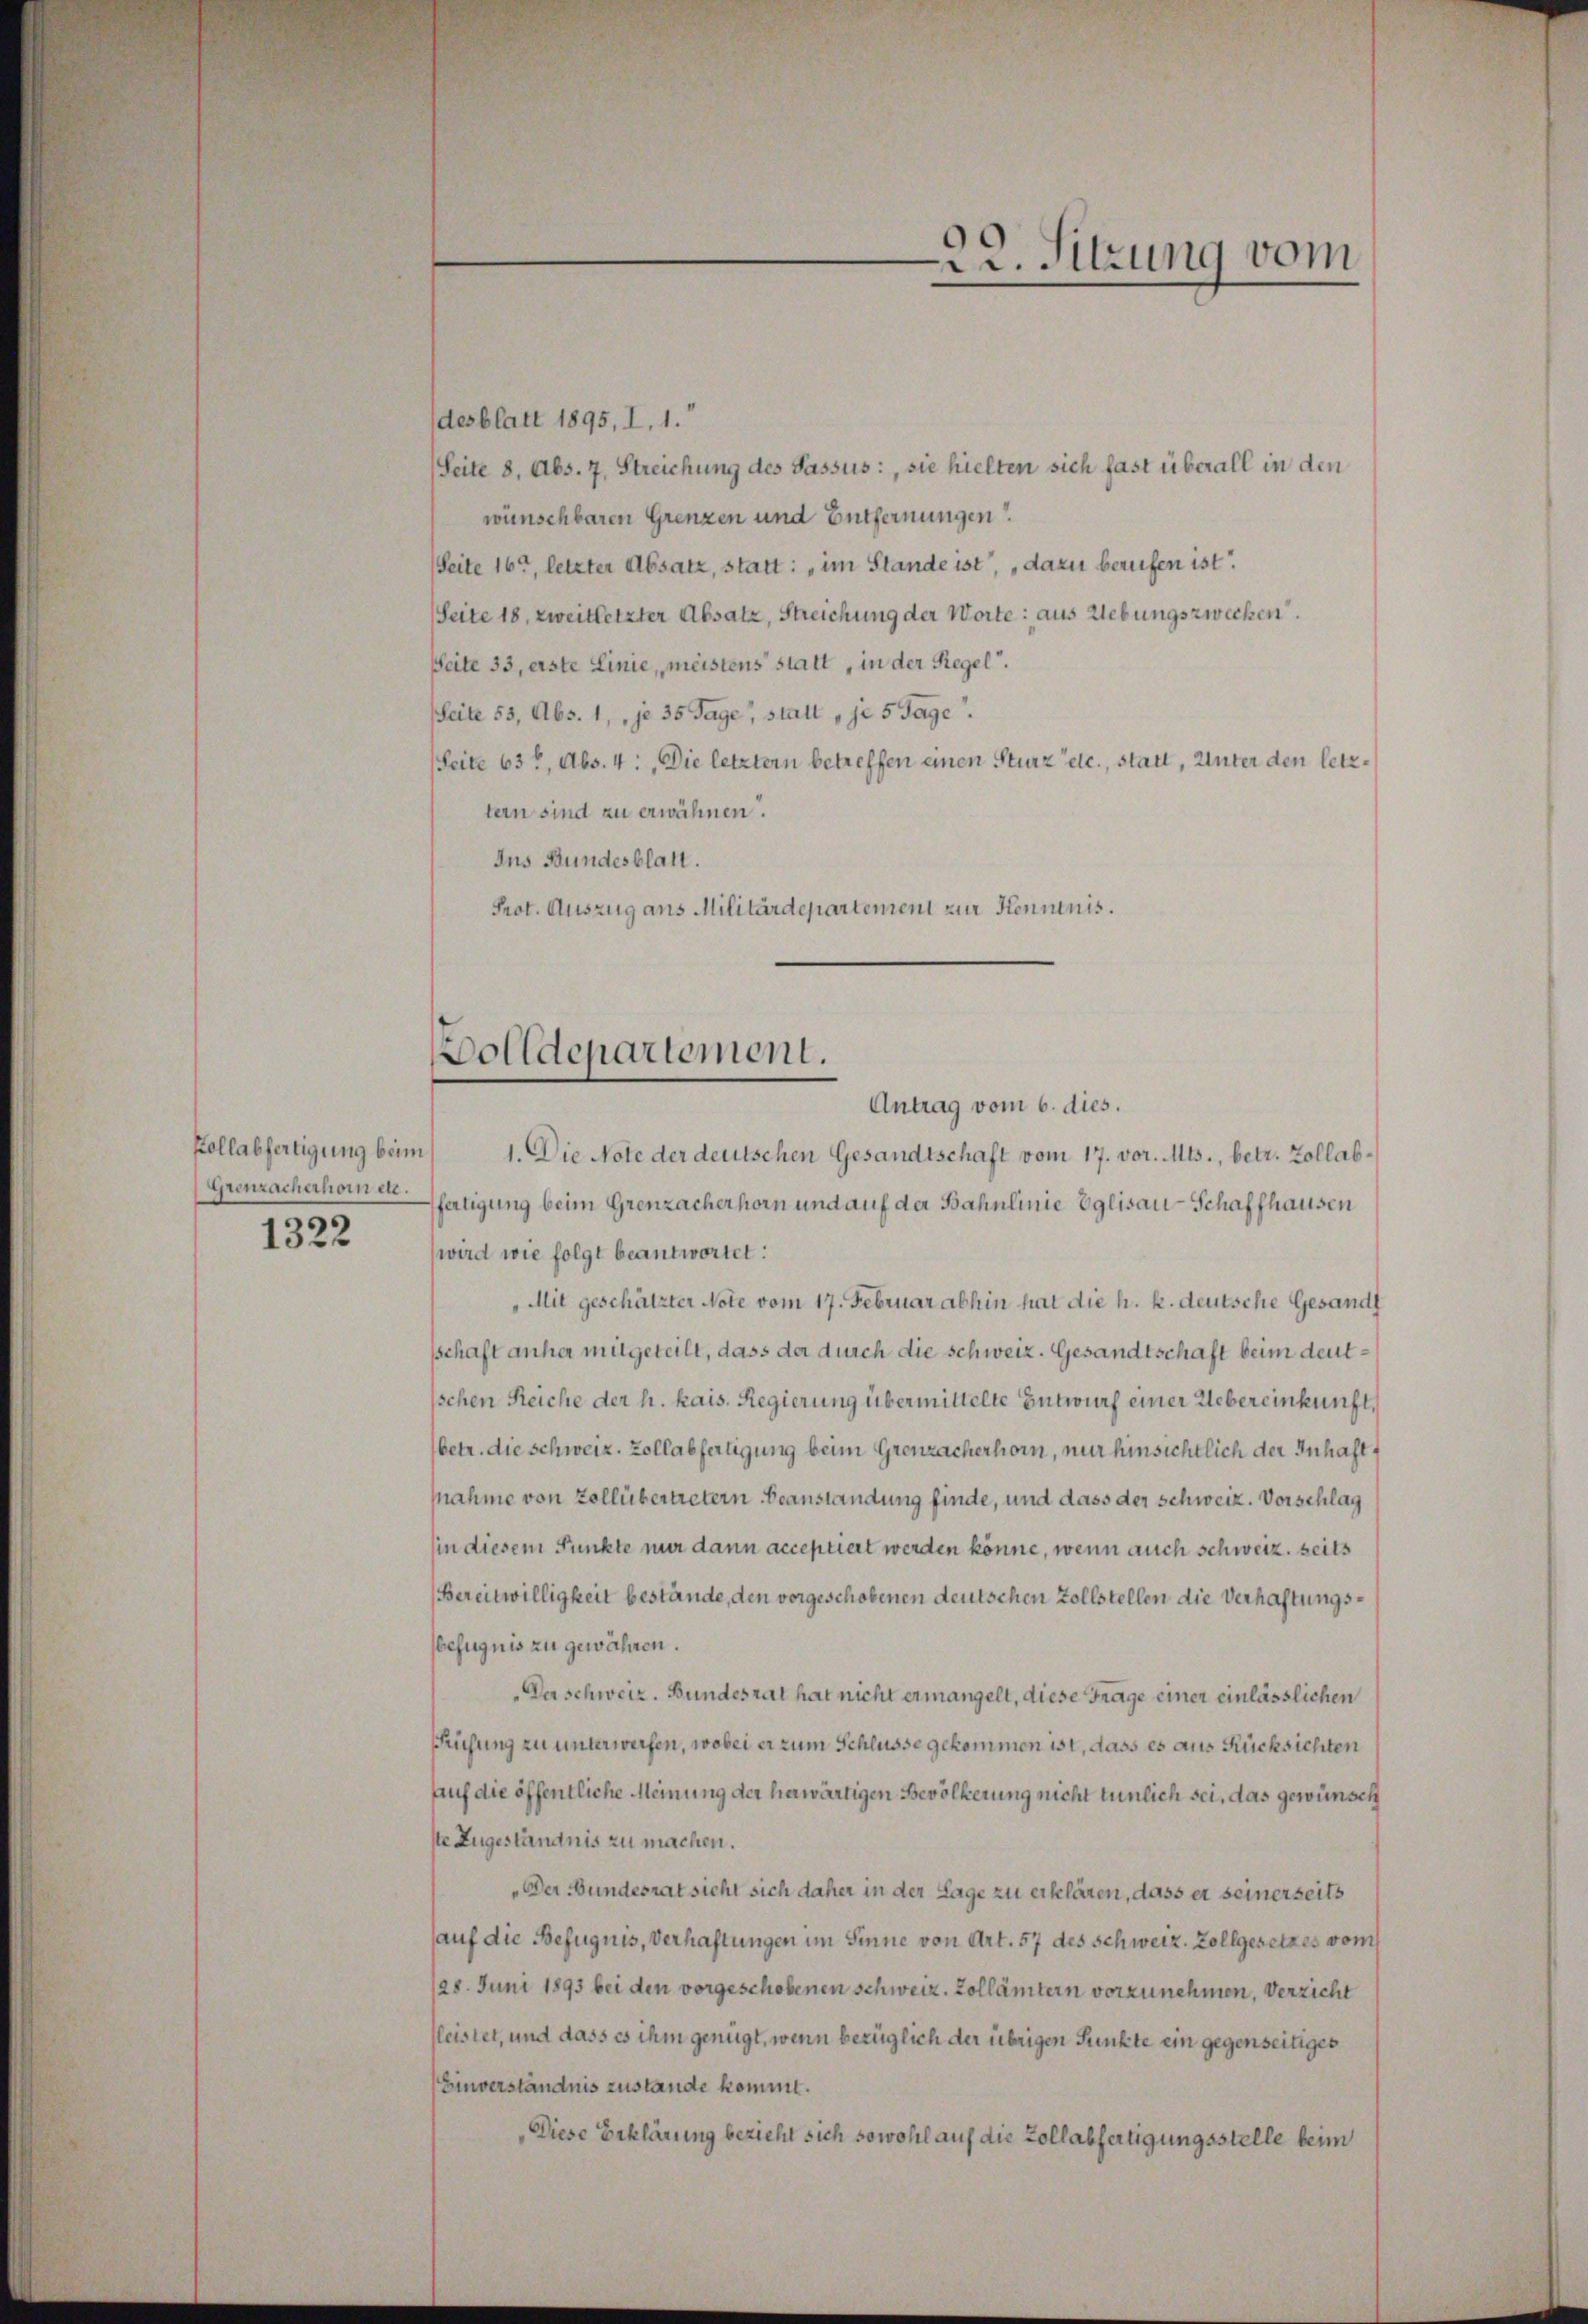
Grenzacherhorn etc.
1322

desblatt 1895, I. 1.
(Seite 8, Abs. 7, Streichung des Passus:, sie hielten sich fast überall in den
wünschbaren Grenzen und Entfernungen
(Seite 16, letzter Absatz, statt: „im Stande ist, „dazu berufen ist.
Seite 18, zweitletzter Absatz, Streichung der Worte: aus Liebungszwecken.
Seite 33, erste Linie, meistens statt, in der Regel.
Seite 55, Abs. 1, je 30 Tage, statt, je 5 Tage.
Seite 631, Abs. 4: Die letztern betreffen einen Sturz etc., statt, Unter den letztern sind zu erwähnen.
Ins Bundesblatt.
Prot. Auszug aus Militärdepartement zur Kenntnis.

olldepartement.
Antrag vom 6. dies.

Kollabfertigung beim 1. Die Note der deutschen Gesandtschaft vom 17. vor. Mts., betr. Zollabfertigung beim Grenzacherhorn und auf der Bahnlinie Eglisau-Schaffhausen
wird wie folgt beantwortet:
Mit geschätzter Note vom 17. Februar abhin hat die h. k. deutsche Gesandt
sschaft anher mitgeteilt, dass der durch die schweiz. Gesandtschaft beim deutischen Reiche der h. kais. Regierung übermittelte Entwurf einer Uebereinkunft,
betr. die Schweiz. Zollabfertigung beim Grenzacherhorn, nur hinsichtlich der Inhalsnahme von Zollübertretern Beanstandung finde, und dass der schweiz. Vorschlag
(in diesem Punkte nur dann acceptiert werden könne, wenn auch schweiz. seits
Bereitwilligkeit bestände, den vorgeschobenen deutschen Zollstellen die Verhaftungsbefugnis zu gewähren.
Der schweiz. Bundesrat hat nicht ermangelt, diese Frage einer einlässlichen
Prüfung zu unterwerfen, wobei er zum Schlüsse gekommen ist, dass es aus Rücksichten
Auf die öffentliche Meinung der herwärtigen Bevölkerung nicht tunlich sei, das gewünsch
ste Zugeständnis zu machen.
„Der Bundesrat sicht sich daher in der Lage zu erklären, dass er seinerseits
auf die Befugnis, Verhaftungen im Sinne von Art. 57 des Schweiz. Zollgesetzes vom
128. Juni 1893 bei den vorgeschobenen schweiz. Zollämtern vorzunehmen, verzicht
fleistet, und dass es ihm genügt, wenn bezüglich der übrigen Punkte ein gegenseitiges
Einverständnis zustande kommt.
Diese Erklärung bezieht sich sowohl auf die Zollabfertigungsstelle beim

22. Sitzung vom